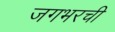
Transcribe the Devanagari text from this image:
जगभरची